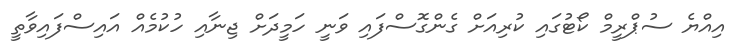
އިއްޔެ ސުޕްރީމް ކޯޓުގައި ކުރިއަށް ގެންގޮސްފައި ވަނީ ހަމީދަށް ޖިނާއި ހުކުމެއް އައިސްފައިވާތީ